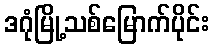
ဒဂုံမြို့သစ်မြောက်ပိုင်း